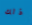
ذلك